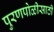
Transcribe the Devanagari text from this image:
पुरणपोळीसाठी